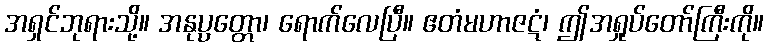
အရှင်ဘုရားသို့။ အနုပ္ပတ္တော၊ ရောက်လေပြီ။ ဧတံမဟာဇဋံ၊ ဤအရှုပ်တော်ကြီးကို။